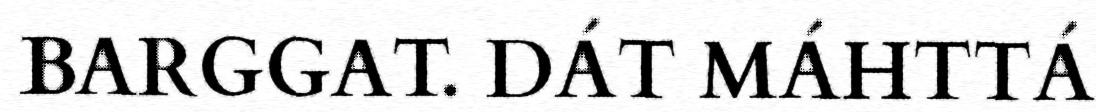
BARGGAT. DÁT MÁHTTÁ